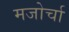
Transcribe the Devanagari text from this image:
मजोर्चा